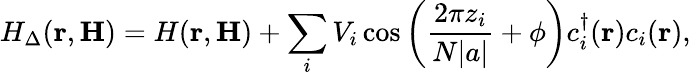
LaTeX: H_{\Delta}(\textbf{r},\textbf{H})=H(\textbf{r},\textbf{H})+\sum_{i}V_{i}\cos\left(\frac{2\pi z_{i}}{N|a|}+\phi\right)c_{i}^{\dagger}(\textbf{r})c_{i}(\textbf{r}),